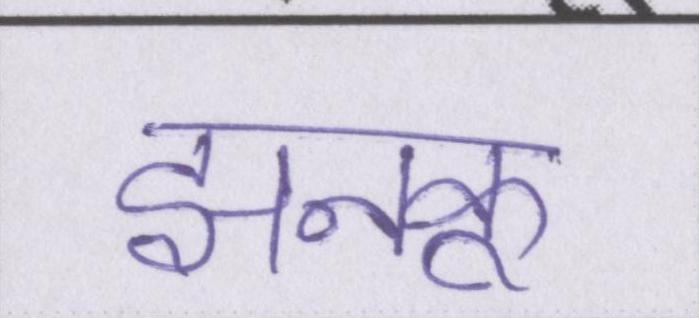
झनकू